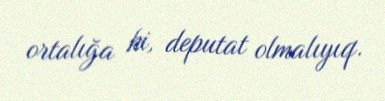
ortalığa ki, deputat olmalıyıq.